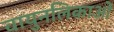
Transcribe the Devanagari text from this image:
वायुनलिकाओं